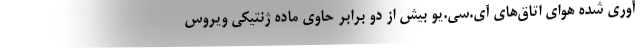
آوری شده هوای اتاق‌های آی.سی.یو بیش از دو برابر حاوی ماده ژنتیکی ویروس